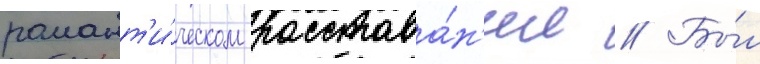
романт'и́ческом расстава́н'ии // Бы́л